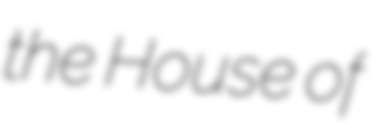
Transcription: the House of